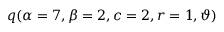
\displaystyle q ( \alpha = 7 , \beta = 2 , c = 2 , r = 1 , \vartheta )